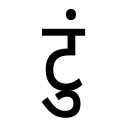
OCR:
टुं